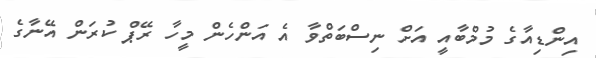
އިންޑިއާގެ މުމްބާއީ އަށް ނިސްބަތްވާ އެ އަންހެން މީހާ ރޭޕް ކުރަން އޭނާގެ